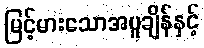
မြင့်မားသောအပူချိန်နှင့်